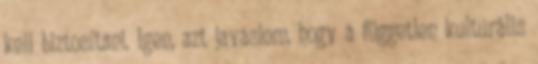
kell biztosítani. Igen, azt javaslom, hogy a független kulturális